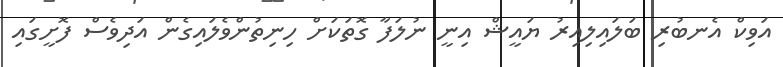
އަވިކް އެނބުރި ބަލައިލިއިރު ޔައީޝް އިނީ ނުލަފާ ގޮތަކަށް ހިނިތުންވެލައިގެން އަދިވެސް ފޮށީގައި